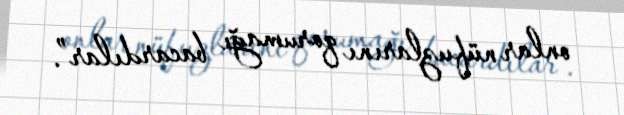
onlar nüfuzlarını qorumağı bacardılar”.